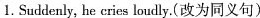
1. Suddenly, he eries loudly.(改为同义句)